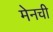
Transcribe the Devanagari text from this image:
मेनची